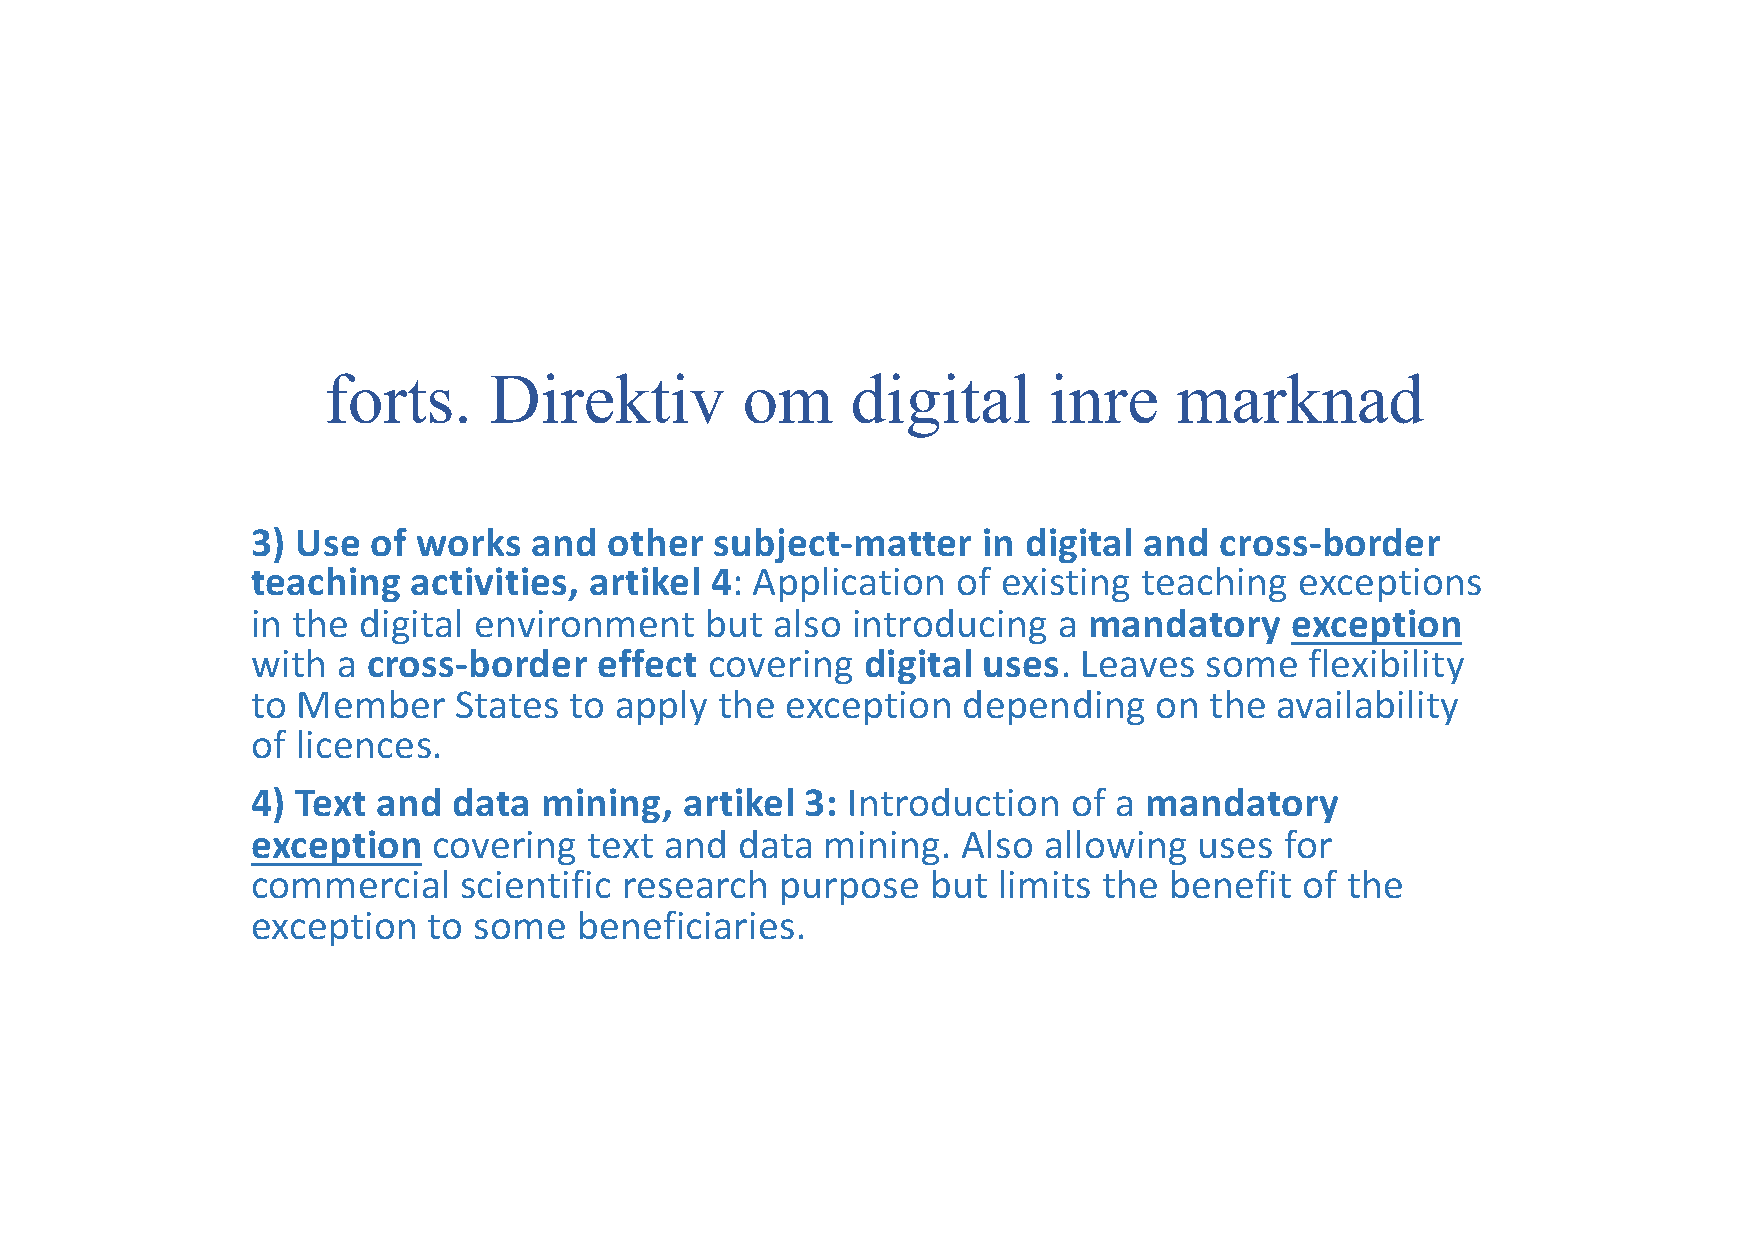
forts.     Direktiv         om     digital      inre     marknad
 3) Use  of works  and  other  subject-matter    in digital and  cross-border
 teaching  activities, artikel 4: Application  of existing  teaching  exceptions
 in the digital environment    but also introducing   a mandatory    exception
 with a cross-border    effect covering  digital uses.  Leaves  some   flexibility
 to Member    States  to apply  the exception   depending   on  the availability
 of licences.
 4) Text and  data  mining,  artikel 3: Introduction   of a mandatory
 exception   covering  text and  data  mining.  Also allowing  uses  for
 commercial   scientific research   purpose   but limits the benefit  of the
 exception  to some   beneficiaries.